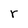
Character: r